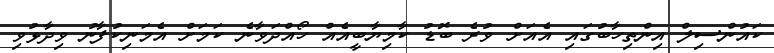
ކައުންސިލް އިންތިހާބުގައި އެއަށް ވުރެ ބޮޑު ކާމިޔާބީއެއް ހޯއްދަވާނެ ކަމަށް އެމަނިކުފާނު ވިދާޅުވި